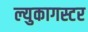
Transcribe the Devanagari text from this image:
ल्युकागस्टर